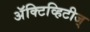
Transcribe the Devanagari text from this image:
अॅक्टिव्हिटीज्